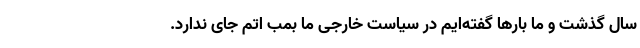
سال گذشت و ما بارها گفته‌ایم در سیاست خارجی ما بمب اتم جای ندارد.